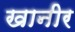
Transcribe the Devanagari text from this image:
खानीर